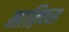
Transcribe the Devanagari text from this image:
माक़्विस